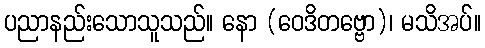
ပညာနည်းသောသူသည်။ နော (ဝေဒိတဗ္ဗော)၊ မသိအပ်။